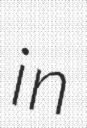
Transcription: in